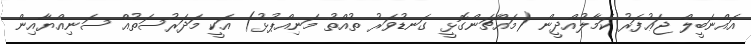
އައްނަބީލް ޖަޢުފަރު ކަމާލުއްދީން (މައްޗަންގޮޅީ ގަނޑުވަރު ތުއްތު މަނިއްޕުޅު) އަކީ މަދަރުސަތުއް ސަނިއްޔާއިން